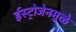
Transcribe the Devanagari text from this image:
ईस्ट्रोजेनमुळे